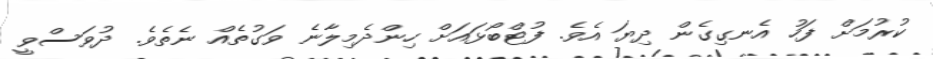
ކުރުމަށް ފަހު އެނގިގެން ދިޔަ އެވެ. ފުޓްބޯޅައަށް ހިންދެމިލާނެ ވަގުތެއް ނެތެވެ. ދުވަސްވީ